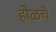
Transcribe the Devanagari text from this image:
होळचे